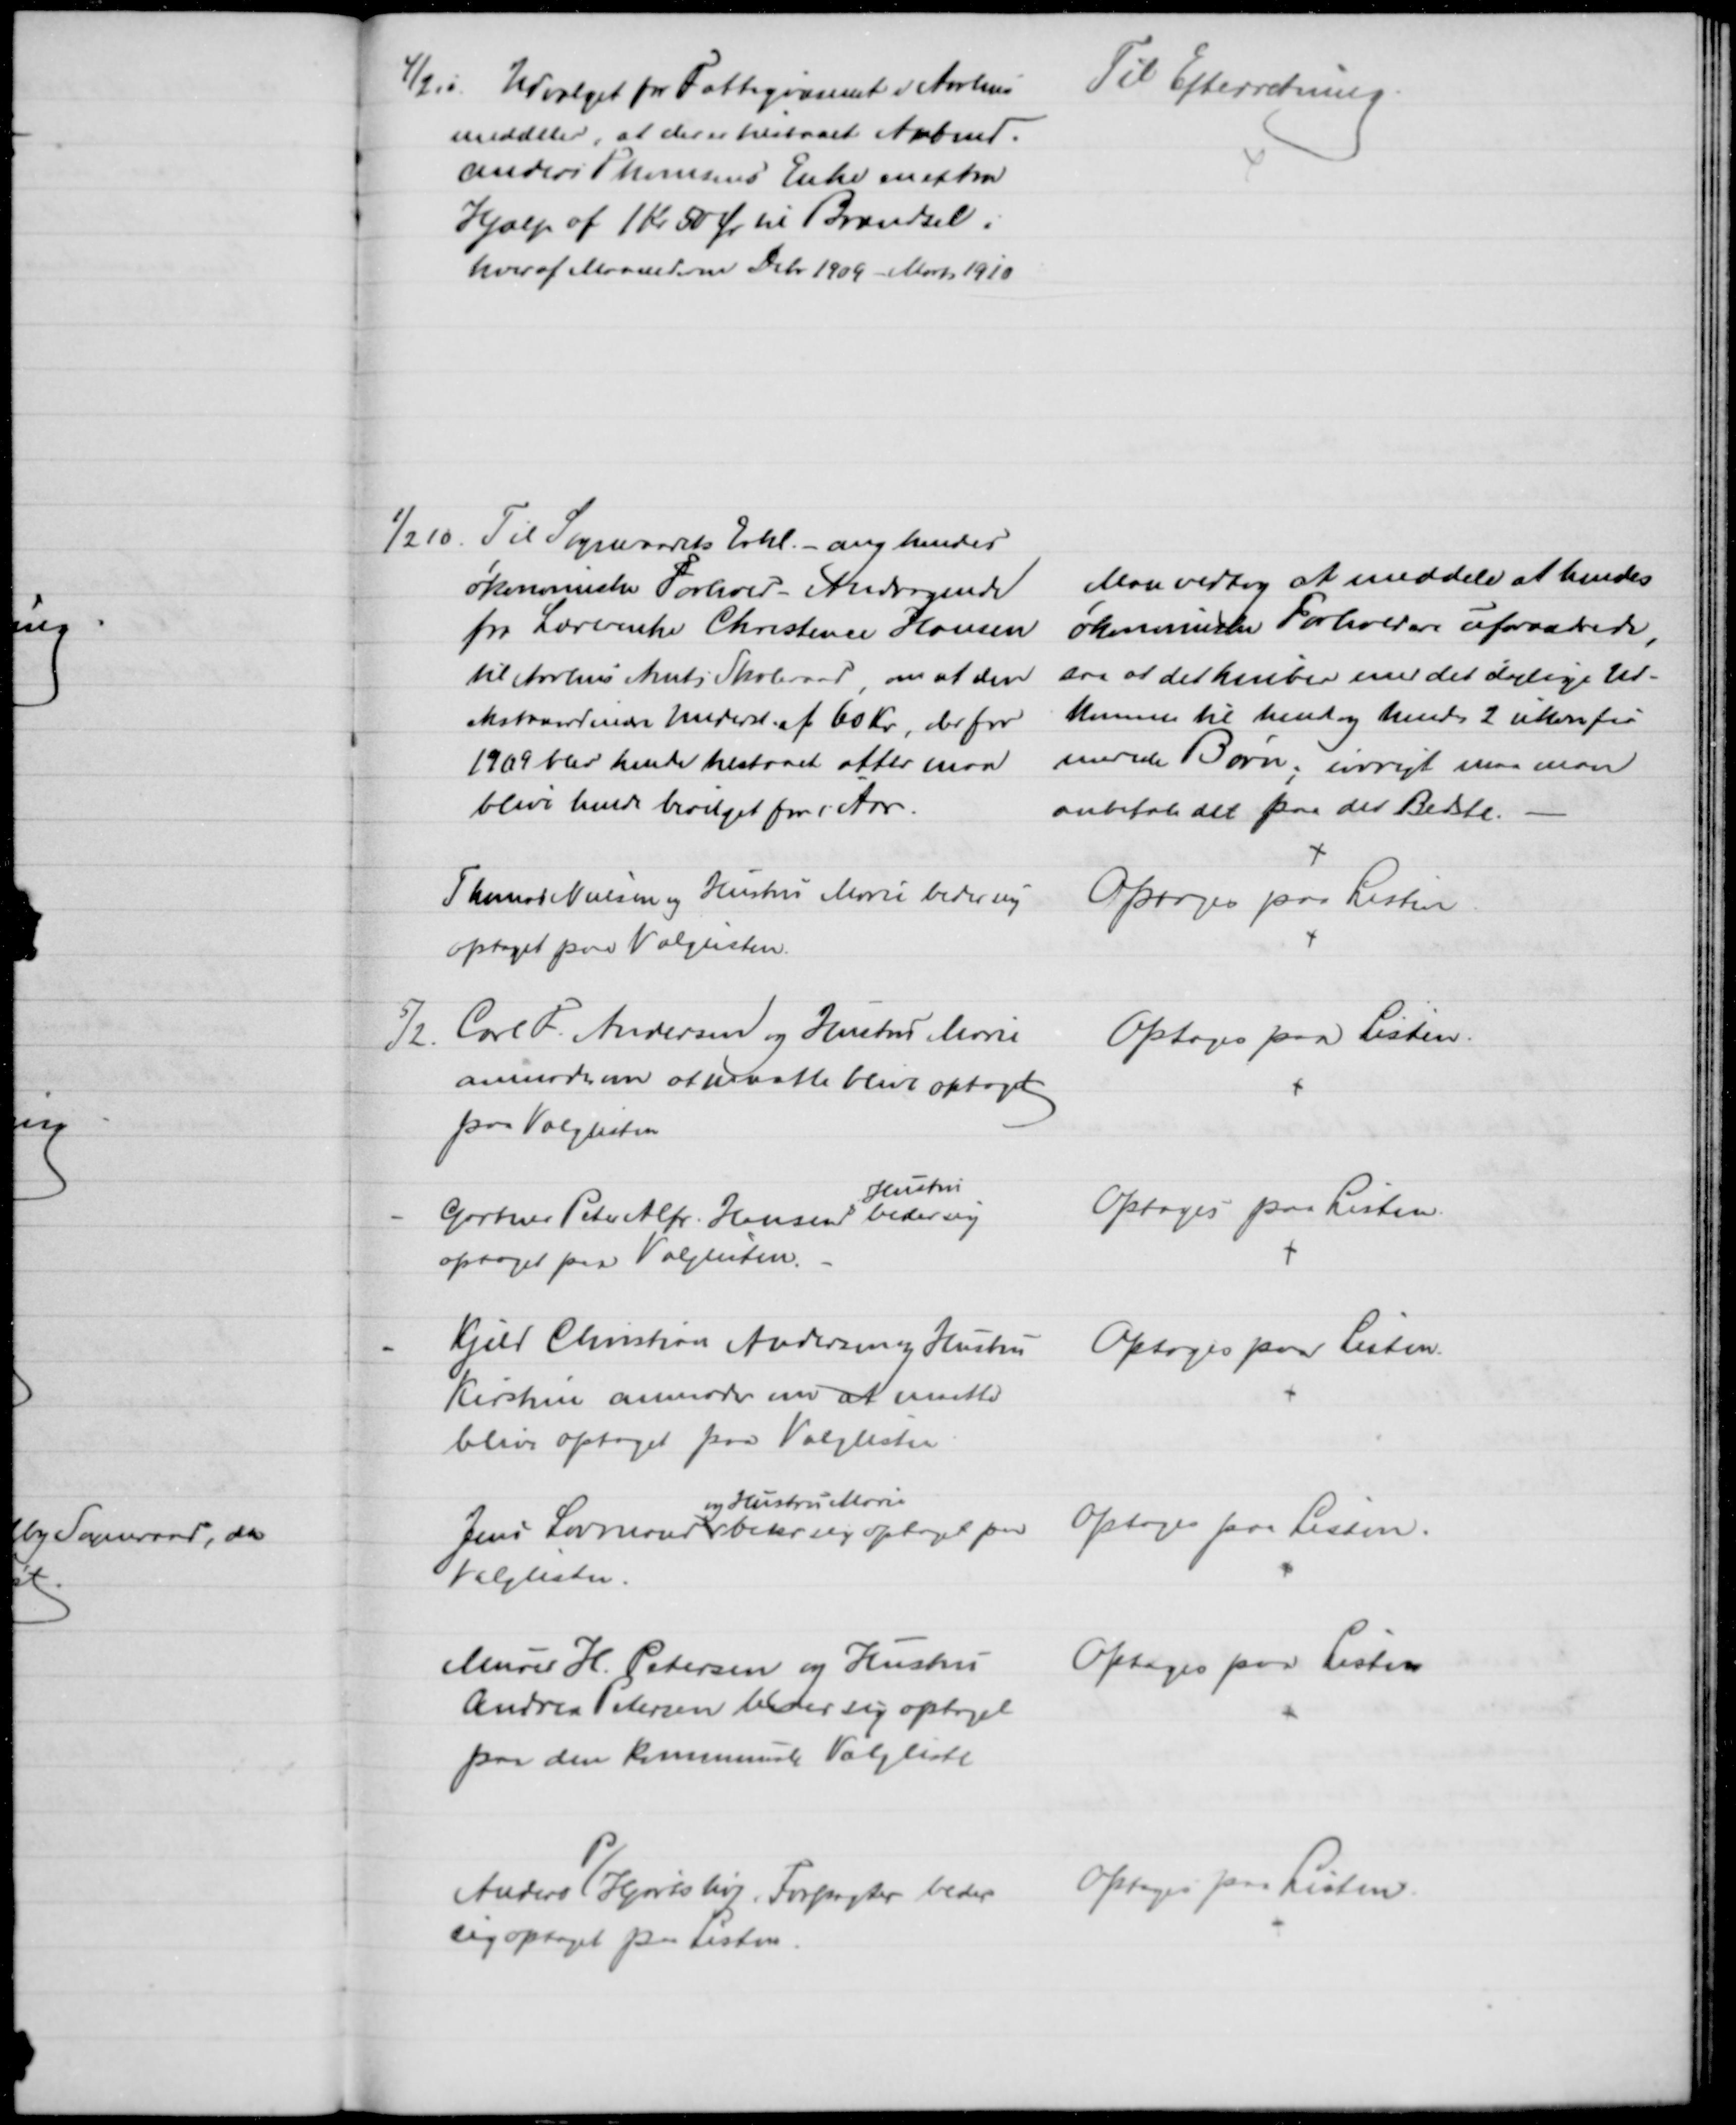
Transskription:
4/2 10
Udvalget for Fattigvæsenet i Aarhus
meddeler, at der er tilstaaet Arbmd.
Anders Thomsens Enke en extra
Hjælp af 1 Kr 50 Øre til Brændsel i
hver af Maanederne Debr 1909 - Marts 1910
Til Efterretning
1/2 10. Til Sogneraadets Erkl.- ang hendes
økonomiske Forhold - Andragende
fra Lærerinde Christence Hansen
til Aarhus Amts Skoleraad, om at den
ekstraordinære Underst. af 60 Kr., der for
1909 blev hende tilstaaet atter maa
blive hende bevilget for i Aar.
Man vedtog at meddele at hendes
økonomiske Forhold ere uforandrede,
saa at det kniber med det daglige Ud-
komme til hende og hendes 2 ukonfir-
merede Børn; iøvrigt maa man
anbefale det paa det Bedste.
Thomas Nielsen og Hustru Marie beder sig
optaget paa Valglisten.
Optoges paa Listen
5/2.
Carl F. Andersen og Hustru Marie
anmoder om at maatte blive optaget
paa Valglisten
Optoges paa Listen.
Gartner Peter Alfr. Hansens 
Hustru
beder sig
optaget paa Valglisten.
Optoges paa Listen.
Kjeld Christian Andersen og Hustru
Kirstine anmoder om at maatte
blive optaget paa Valglisten
Optoges paa Listen.
Jens Lovmand 
og Hustru Marie
beder sig optaget paa
Valglisten.
Optoges paa Listen.
Murer H. Petersen og Hustru
Andrea Petersen beder sig optaget
paa den kommunale Valgliste
Optoges paa Listen
Anders 
P
Hjortshøj, Forpagter beder
sig optaget paa Listen.
Optoges paa Listen.